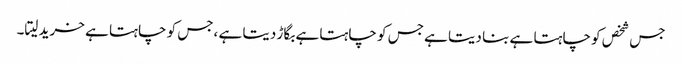
جس شخص کو چاہتا ہے بنا دیتا ہے جس کو چاہتا ہے بگاڑ دیتا ہے ،جس کو چاہتا ہے خرید لیتا۔